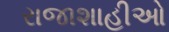
રાજાશાહીઓ